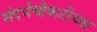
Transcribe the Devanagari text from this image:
संदर्भचौकटीच्या